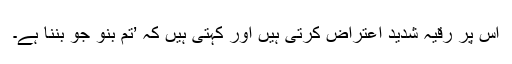
اس پر رقیہ شدید اعتراض کرتی ہیں اور کہتی ہیں کہ ’تم بنو جو بننا ہے۔